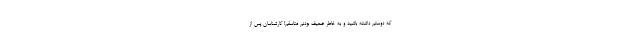
که دوستم داشته باشید و به خاطر ضعیف بودنم متاسفم! کارشناسان پس از